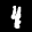
Label: 4